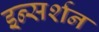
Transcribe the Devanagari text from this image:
इन्सर्शन